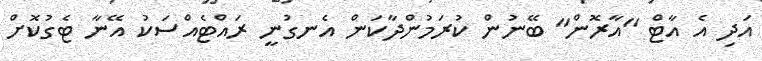
އަދި އެ އާޓް "އާރޮން" ބޭނުން ކުރަމުންދާކަން އެނގުނީ ރައްޓެއްސަކު އޭނާ ޓެގުކޮށް